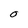
Character: O